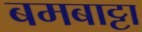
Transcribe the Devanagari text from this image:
बमबाट्टा